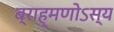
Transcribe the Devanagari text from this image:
ब्राह्मणोऽस्य